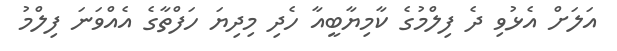
އަލަށް އެޅުވި ދެ ފިލްމުގެ ކާމިޔާބީއާ ހެދި މިދިޔަ ހަފްތާގެ އެއްވަނަ ފިލްމު